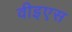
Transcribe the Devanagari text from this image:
वीइएस